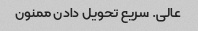
عالی. سریع تحویل دادن ممنون